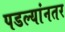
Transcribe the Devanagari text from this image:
पडल्यांनतर